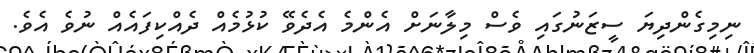
ނިމިގެންދިޔަ ސީޒަނުގައި ވެސް މިލާނަށް އެންމެ އެދެވޭ ކުޅުމެއް ދެއްކިފައެއް ނުވެ އެވެ.